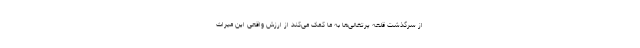
از سرگذشت قلعه پرتغالی‌ها به ما کمک می‌کند از ارزش واقعی این میراث